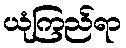
ယုံကြည်ရာ